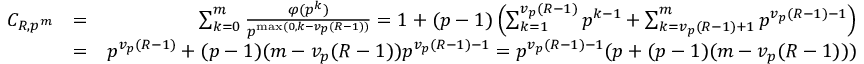
\begin{array} { r l r } { C _ { R , p ^ { m } } } & { = } & { \sum _ { k = 0 } ^ { m } \frac { \varphi ( p ^ { k } ) } { p ^ { \operatorname* { m a x } ( 0 , k - v _ { p } ( R - 1 ) ) } } = 1 + ( p - 1 ) \left( \sum _ { k = 1 } ^ { v _ { p } ( R - 1 ) } p ^ { k - 1 } + \sum _ { k = v _ { p } ( R - 1 ) + 1 } ^ { m } p ^ { v _ { p } ( R - 1 ) - 1 } \right) } \\ & { = } & { p ^ { v _ { p } ( R - 1 ) } + ( p - 1 ) ( m - v _ { p } ( R - 1 ) ) p ^ { v _ { p } ( R - 1 ) - 1 } = p ^ { v _ { p } ( R - 1 ) - 1 } ( p + ( p - 1 ) ( m - v _ { p } ( R - 1 ) ) ) } \end{array}